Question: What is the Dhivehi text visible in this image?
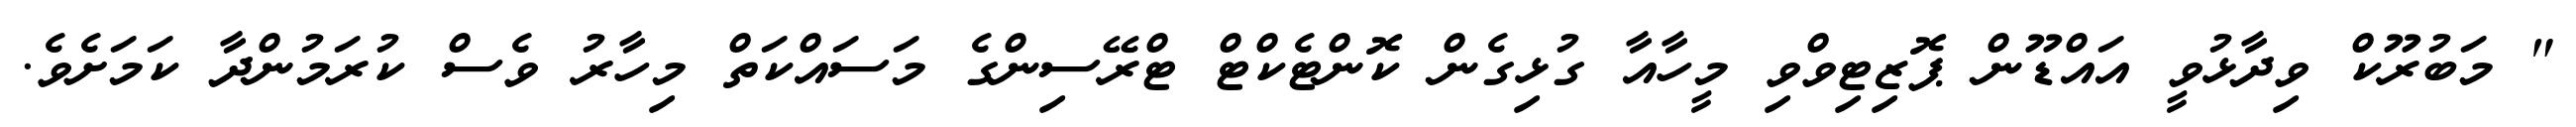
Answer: " މަބުރޫކް ވިދާޅުވީ އައްޑޫން ޕޮޒިޓިވްވި މީހާއާ ގުޅިގެން ކޮންޓެކްޓް ޓްރޭސިންގެ މަސައްކަތް މިހާރު ވެސް ކުރަމުންދާ ކަމަށެވެ.